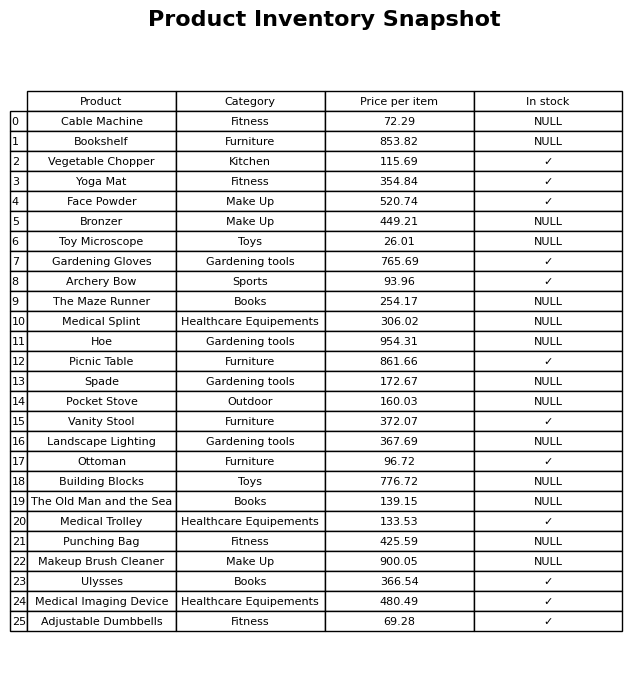
question: What is the price of the Landscape Lighting?
answer: The price of Landscape Lighting is 367.69.